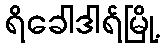
ရိခေါဒါရ်မြို့